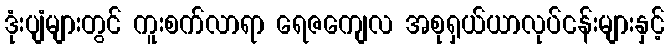
ဒုံးပျံများတွင် ကူးစက်လာရာ ရေဇကျေလ အစုရှယ်ယာလုပ်ငန်းများနှင့်